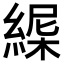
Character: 𦂋